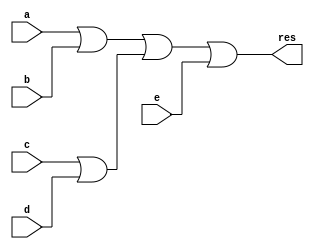
module or_5b( output wire res, input wire a, input wire b, input wire c, input wire d, input wire e);
    wire ab, cd, abc; // Intermediate wires
    or (ab, a, b); // OR gate for a and b
    or (cd, c, d); // OR gate for c and d
    or (abc, ab, cd); // OR gate for ab and cd
    or (res, abc, e); // OR gate for abc and e
endmodule